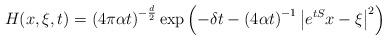
LaTeX: \begin{align*} H(x,\xi,t)=\left(4\pi\alpha t\right)^{-\frac{d}{2}}\exp\left(-\delta t-\left(4\alpha t\right)^{-1}\left|e^{tS}x-\xi\right|^2\right) \end{align*}